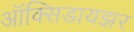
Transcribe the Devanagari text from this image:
ऑक्‍सिडायझर